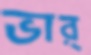
ভার্